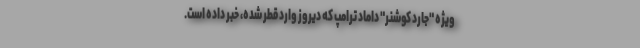
ویژه "جارد کوشنر" داماد ترامپ که دیروز وارد قطر شده، خبر داده است.